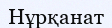
Нұрқанат